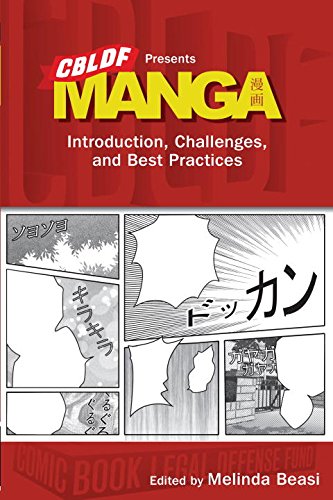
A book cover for CBLDF Presents Manga: Introduction, Challenges, and Best Practices; Katherine Dacey; Comics & Graphic Novels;